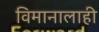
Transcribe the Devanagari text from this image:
विमानालाही